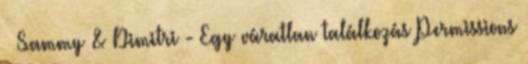
» Sammy & Dimitri - Egy váratlan találkozás Permissions